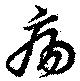
瘍